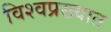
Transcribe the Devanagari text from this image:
विश्वप्रख्यात